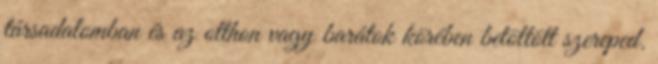
társadalomban és az otthon vagy barátok körében betöltött szereped.